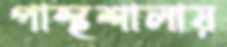
পান্থশালায়